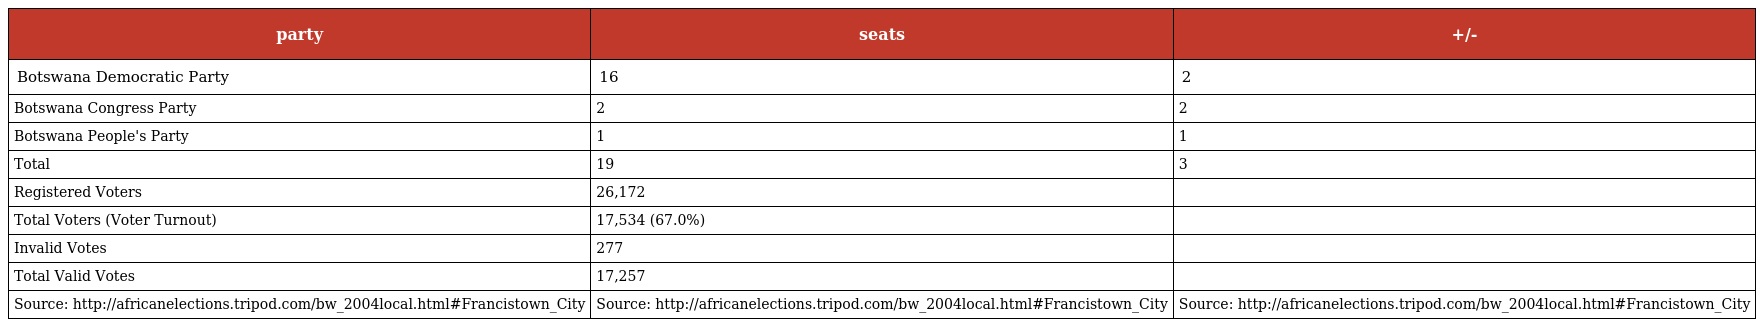
| party | seats | +/- |
 | --- | --- | --- |
 | Botswana Democratic Party | 16 | 2 |
 | Botswana Congress Party | 2 | 2 |
 | Botswana People's Party | 1 | 1 |
 | Total | 19 | 3 |
 | Registered Voters | 26,172 |  |
 | Total Voters (Voter Turnout) | 17,534 (67.0%) |  |
 | Invalid Votes | 277 |  |
 | Total Valid Votes | 17,257 |  |
 | Source: http://africanelections.tripod.com/bw_2004local.html#Francistown_City | Source: http://africanelections.tripod.com/bw_2004local.html#Francistown_City | Source: http://africanelections.tripod.com/bw_2004local.html#Francistown_City |